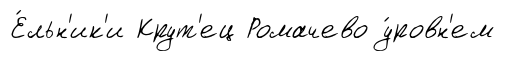
Е́льн'ик'и Крут'ец Ромачево у́ровн'ем